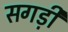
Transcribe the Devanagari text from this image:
सगड़ी